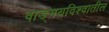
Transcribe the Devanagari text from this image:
वाङ्‌मयविश्‍वातील